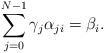
LaTeX: \begin{align*}\sum_{j=0}^{N-1}\gamma_j\alpha_{ji}=\beta_i.\end{align*}